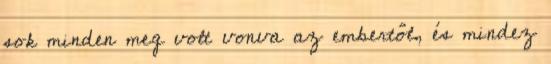
sok minden meg volt vonva az embertől, és mindez